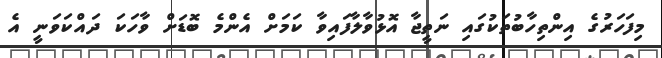
މިފަހަރުގެ އިންތިހާބުތަކުގައި ނަތީޖާ އޮޅުވާލާފައިވާ ކަމަށް އެންމެ ބޮޑަށް ވާހަކަ ދައްކަވަނީ އެ